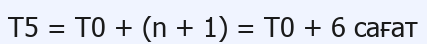
Т5 = Т0 + (n + 1) = Т0 + 6 caғат